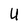
Character: U